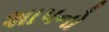
શાપનો